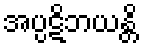
အပ္ပဋိဘယန္တိ